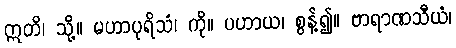
ဣတိ၊ သို့။ မဟာပုရိသံ၊ ကို။ ပဟာယ၊ စွန့်၍။ ဗာရာဏသီယံ၊